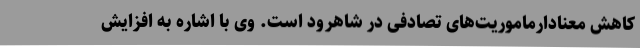
کاهش معنادارماموریت‌های تصادفی در شاهرود است. وی با اشاره به افزایش